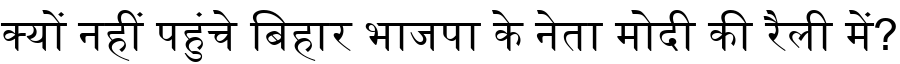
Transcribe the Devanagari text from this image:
क्यों नहीं पहुंचे बिहार भाजपा के नेता मोदी की रैली में?